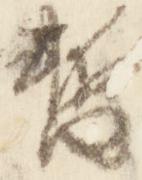
暫